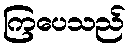
ကြပေသည်